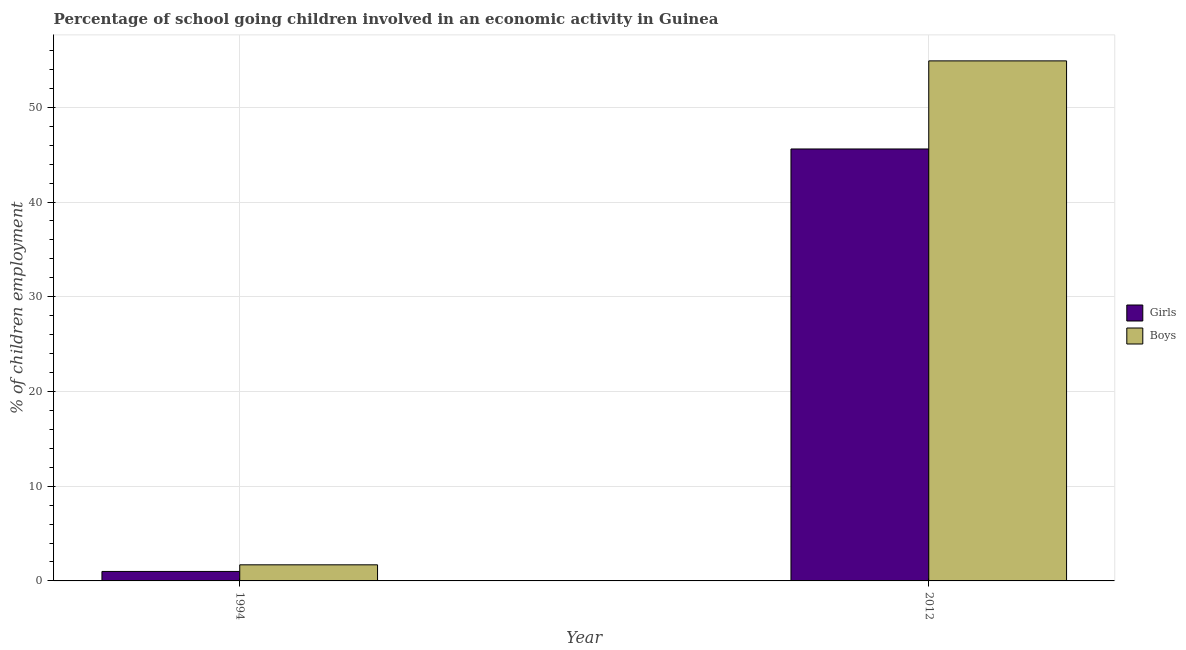
| Year | Girls | Boys |
 | --- | --- | --- |
 | 1994 | 1 | 1.7 |
 | 2012 | 45.6 | 54.9 |